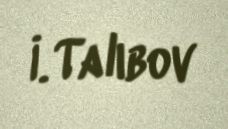
İ. Talıbov